Madras plague regulations and rules - Volume 2
Disease focus: Plague
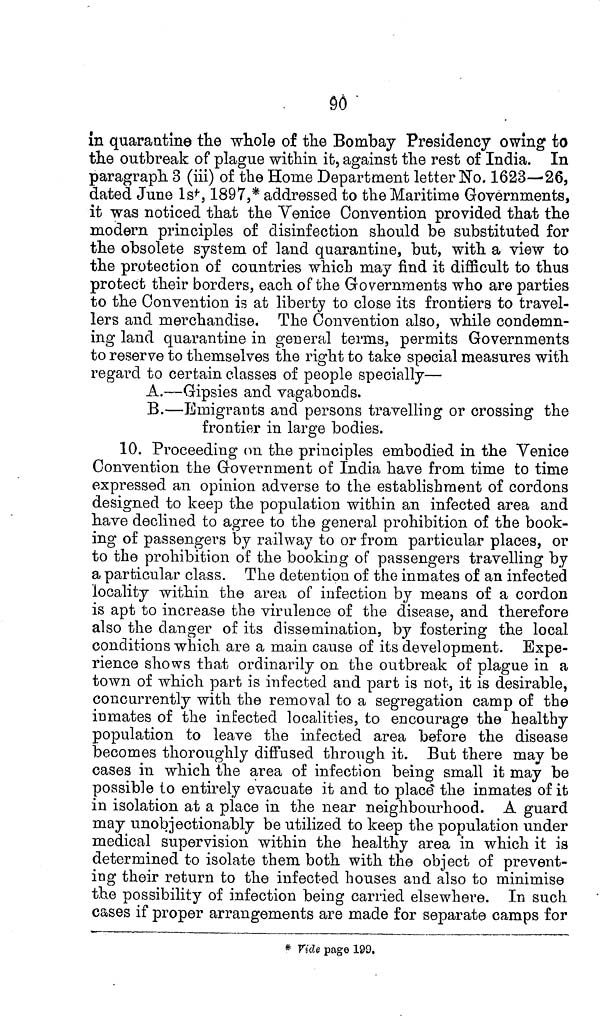
90
in quarantine the whole of the Bombay Presidency owing to
the outbreak of plague within it, against the rest of India. In
paragraph 3 (iii) of the Home Department letter No. 1623—-26,
dated June 1st, 1897,* addressed to the Maritime Governments,
it was noticed that the Venice Convention provided that the
modern principles of disinfection should be substituted for
the obsolete system of land quarantine, but, with a view to
the protection of countries which may find it difficult to thus
protect their borders, each of the Governments who are parties
to the Convention is at liberty to close its frontiers to travel-
lers and merchandise. The Convention also, while condemn-
ing land quarantine in general terms, permits Governments
to reserve to themselves the right to take special measures with
regard to certain classes of people specially—
A.—Gipsies and vagabonds.
B.—Emigrants and persons travelling or crossing the
frontier in large bodies.
10. Proceeding on the principles embodied in the Venice
Convention the Government of India have from time to time
expressed an opinion adverse to the establishment of cordons
designed to keep the population within an infected area and
have declined to agree to the general prohibition of the book-
ing of passengers by railway to or from particular places, or
to the prohibition of the booking of passengers travelling by
a particular class. The detention of the inmates of an infected
locality within the area of infection by means of a cordon
is apt to increase the virulence of the disease, and therefore
also the danger of its dissemination, by fostering the local
conditions which are a main cause of its development. Expe-
rience shows that ordinarily on the outbreak of plague in a
town of which part is infected and part is not, it is desirable,
concurrently with the removal to a segregation camp of the
inmates of the infected localities, to encourage the healthy
population to leave the infected area before the disease
becomes thoroughly diffused through it. But there may be
cases in which the area of infection being small it may be
possible to entirely evacuate it and to place the inmates of it
in isolation at a place in the near neighbourhood. A guard
may unobjectionably be utilized to keep the population under
medical supervision within the healthy area in which it is
determined to isolate them both with the object of prevent-
ing their return to the infected houses and also to minimise
the possibility of infection being carried elsewhere. In such
cases if proper arrangements are made for separate camps for
* Vide page 199,